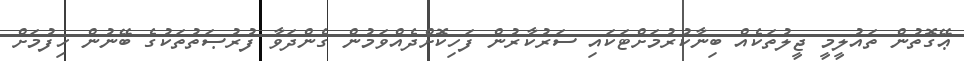
ޢޭގޮތުން ތައުލީމީ ޖީލުތަކެއް ބިނާކުރުމަށްޓަކައި ސަރުކާރުން ފަހިކޮށްދެއްވަމުން ގެންދަވާ ފުރުޞަތުތަކުގެ ބޭނުން ހިފުމަށް